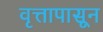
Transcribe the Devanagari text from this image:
वृत्तापासून